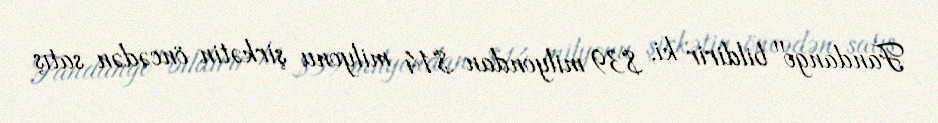
Fandango" bildirir ki, $39 milyondan $14 milyonu şirkətin öncədən satış